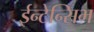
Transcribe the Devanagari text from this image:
ईन्टेन्सिभ